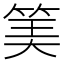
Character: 𥮅